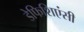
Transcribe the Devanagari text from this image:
डेफिशिएंसी